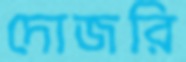
দোজরি